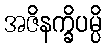
အဇိနက္ခိပမ္ပိ